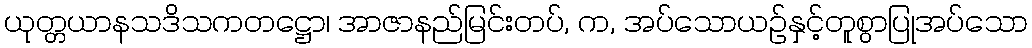
ယုတ္တယာနသဒိသကတဋ္ဌော၊ အာဇာနည်မြင်းတပ်, က, အပ်သောယဉ်နှင့်တူစွာပြုအပ်သော